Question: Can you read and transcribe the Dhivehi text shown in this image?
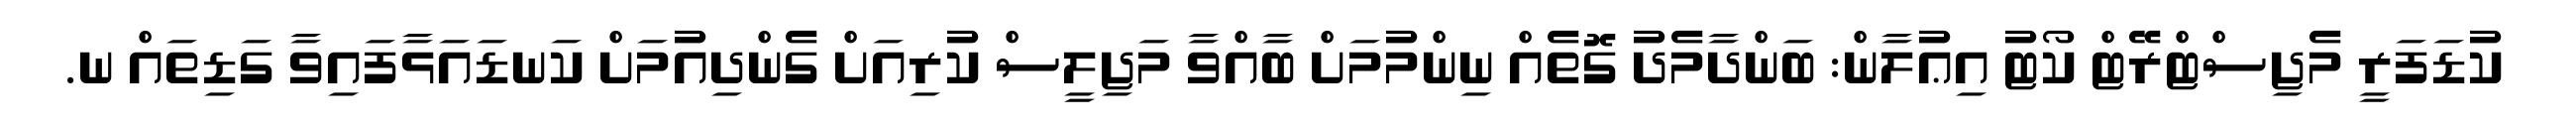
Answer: ކުޑަފަރީ މެޖިސްޓްރޭޓް ކޯޓު އިޢުލާން: ބަންދާމެދު ގޮތެއް ނިންމުމަށް ބާއްވާ މަޖިލީސް ކުރިއަށް ގެންދިއުމަށް ކަނޑައަޅާފައިވާ ގަޑިތައް ނ.